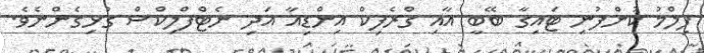
ފިލްމު ކުންފުނި ޓައިގާ ބޭބީ އާއި ގްރެފިކް އިންޑިއާ އަދި ނެޓްފްލިކްސް ގުޅިގެންނެވެ.